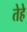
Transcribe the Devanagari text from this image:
तेहे